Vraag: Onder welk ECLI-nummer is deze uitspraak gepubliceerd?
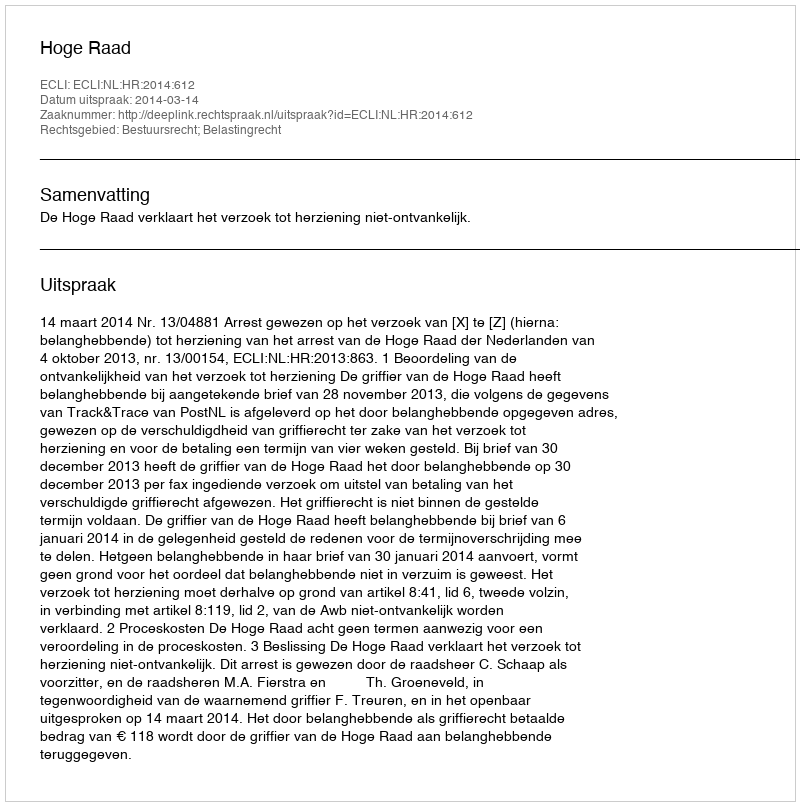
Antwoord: ECLI:NL:HR:2014:612